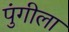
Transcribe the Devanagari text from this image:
पुंगीला